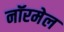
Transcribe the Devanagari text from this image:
नॉरमेल